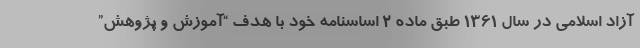
آزاد اسلامی در سال ۱۳۶۱ طبق ماده ۲ اساسنامه خود با هدف “آموزش و پژوهش”